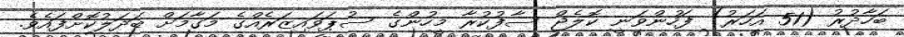
ބަހާދުރު (51 އަހަރު) ފަހުންވަނީ ކޮލެޖް ސާފުކުރާ މީހުންގެ ސުޕަވައިޒަރެއްގެ މަގާމަށް ބަދަލުކޮށްފައެވެ.